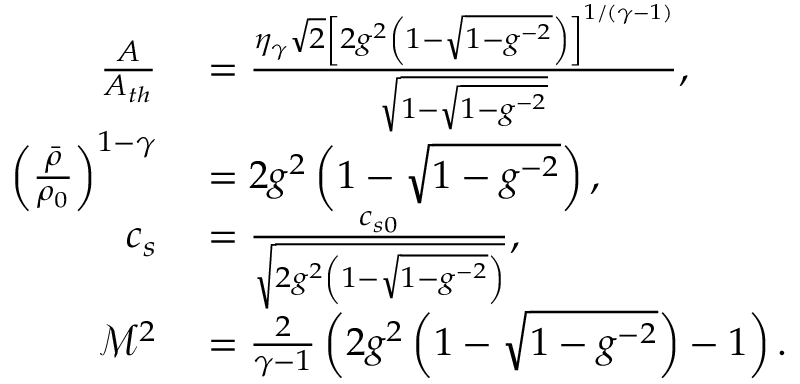
\begin{array} { r l } { \frac { A } { A _ { t h } } } & { { } = \frac { \eta _ { \gamma } \sqrt { 2 } \left[ 2 g ^ { 2 } \left( 1 - \sqrt { 1 - g ^ { - 2 } } \right) \right] ^ { 1 / ( \gamma - 1 ) } } { \sqrt { 1 - \sqrt { 1 - g ^ { - 2 } } } } , } \\ { \left( \frac { \bar { \rho } } { \rho _ { 0 } } \right) ^ { 1 - \gamma } } & { { } = 2 g ^ { 2 } \left( 1 - \sqrt { 1 - g ^ { - 2 } } \right) , } \\ { c _ { s } } & { { } = \frac { c _ { s 0 } } { \sqrt { 2 g ^ { 2 } \left( 1 - \sqrt { 1 - g ^ { - 2 } } \right) } } , } \\ { \mathcal { M } ^ { 2 } } & { { } = \frac { 2 } { \gamma - 1 } \left( 2 g ^ { 2 } \left( 1 - \sqrt { 1 - g ^ { - 2 } } \right) - 1 \right) . } \end{array}